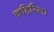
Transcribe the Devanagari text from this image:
ज़हिरिला